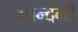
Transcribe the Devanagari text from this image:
चान्दनी